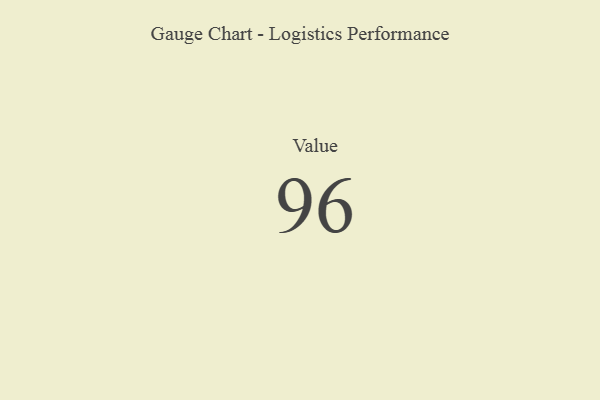
{"axis": {"x": "Metric", "y": "Value"}, "legend": [""], "data": [{"x": "Value", "y": 96, "type": ""}]}